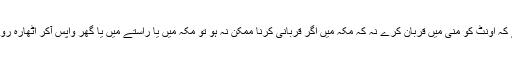
احوط یہ ہے کہ اونٹ کو منی میں قربان کرے نہ کہ مکہ میں اگر قربانی کرنا ممکن نہ ہو تو مکہ میں یا راستے میں یا گھر واپس آکر اٹھارہ روزے رکھے۔